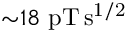
{ \sim } 1 8 ~ \mathrm { p T \, s ^ { 1 / 2 } }